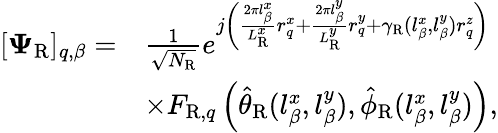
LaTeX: \begin{array}{rl}{[\boldsymbol{\Psi}_{\mathrm{R}}]_{q,\beta}=}&{\frac{1}{\sqrt{N_{\mathrm{R}}}}e^{j\left(\frac{2\pi l_{\beta}^{x}}{L_{\mathrm{R}}^{x}}r_{q}^{x}+\frac{2\pi l_{\beta}^{y}}{L_{\mathrm{R}}^{y}}r_{q}^{y}+\gamma_{\mathrm{R}}(l_{\beta}^{x},l_{\beta}^{y})r_{q}^{z}\right)}}\\ &{\times F_{\mathrm{R},q}\left(\hat{\theta}_{\mathrm{R}}(l_{\beta}^{x},l_{\beta}^{y}),\hat{\phi}_{\mathrm{R}}(l_{\beta}^{x},l_{\beta}^{y})\right),}\end{array}